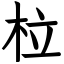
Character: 柆